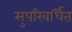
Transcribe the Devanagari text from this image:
सुपरिवर्धित